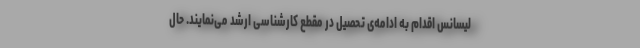
لیسانس اقدام به ادامه‌ی تحصیل در مقطع کارشناسی ارشد می‌نمایند. حال